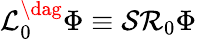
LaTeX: \mathcal{L}_{0}^{\dag}\Phi\equiv\mathcal{S}\mathcal{R}_{0}\Phi